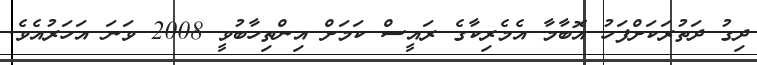
ދިގު ދަތުރަކަށްފަހު އޮބާމާ އެމެރިކާގެ ރައީސް ކަމަށް އިންތިހާބުވީ 2008 ވަނަ އަހަރުއެވެ.